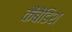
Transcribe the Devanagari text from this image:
कैंबेंडिश